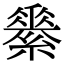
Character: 𦅽